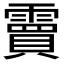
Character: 𮦭